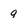
Character: 9